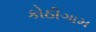
કોઠીગામ